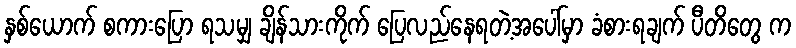
နှစ်ယောက် စကားပြော ရသမျှ ချိန်သားကိုက် ပြေလည်နေရတဲ့အပေါ်မှာ ခံစားရချက် ပီတိတွေ က